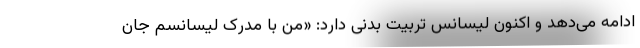
ادامه می‌دهد و اکنون لیسانس تربیت بدنی دارد: «من با مدرک لیسانسم جان